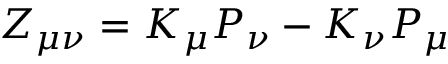
Z _ { \mu \nu } = K _ { \mu } P _ { \nu } - K _ { \nu } P _ { \mu }